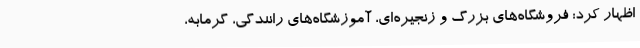
اظهار کرد: فروشگاه‌های بزرگ و زنجیره‌ای، آموزشگاه‌های رانندگی، گرمابه،